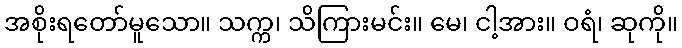
အစိုးရတော်မူသော။ သက္က၊ သိကြားမင်း။ မေ၊ ငါ့အား။ ဝရံ၊ ဆုကို။